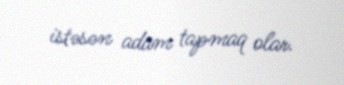
istəsən adam tapmaq olar.